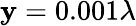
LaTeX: \mathbf{y}=0.001\lambda